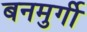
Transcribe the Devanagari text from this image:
बनमुर्गी